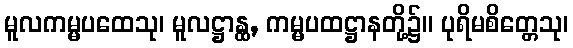
မူလကမ္မပထေသု၊ မူလဋ္ဌာန္ထ, ကမ္မပထဋ္ဌာနတို့၌။ ပုရိမစိတ္တေသု၊